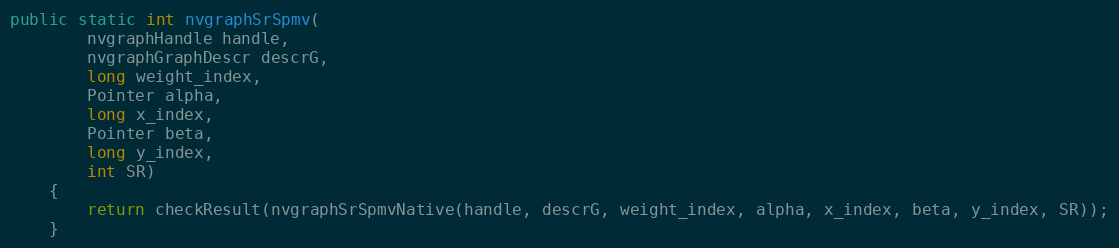
Language: Java
public static int nvgraphSrSpmv(
        nvgraphHandle handle,
        nvgraphGraphDescr descrG,
        long weight_index,
        Pointer alpha,
        long x_index,
        Pointer beta,
        long y_index,
        int SR)
    {
        return checkResult(nvgraphSrSpmvNative(handle, descrG, weight_index, alpha, x_index, beta, y_index, SR));
    }